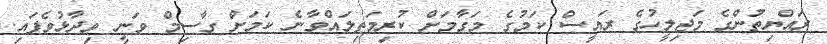
ރައްޔިތުންގެ މަޖިލީހުގެ ރައީސް ކަމުގެ މަގާމަށް ކުރިމަތިލައްވާނެ ކަމަށް ގާސިމް ވަނީ ވިދާޅުވެފައި.